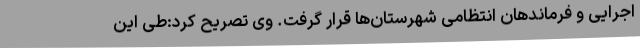
اجرایی و فرماندهان انتظامی شهرستان‌ها قرار گرفت. وی تصریح کرد:طی این